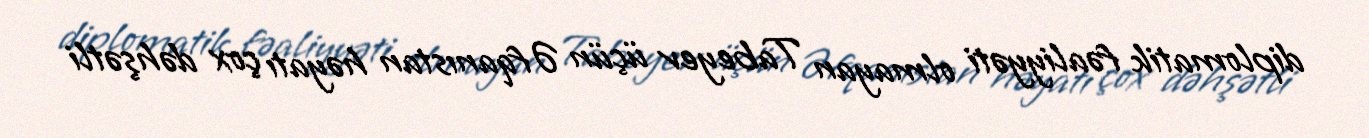
diplomatik fəaliyyəti olmayan Tabeyev üçün Əfqanıstan həyatı çox dəhşətli